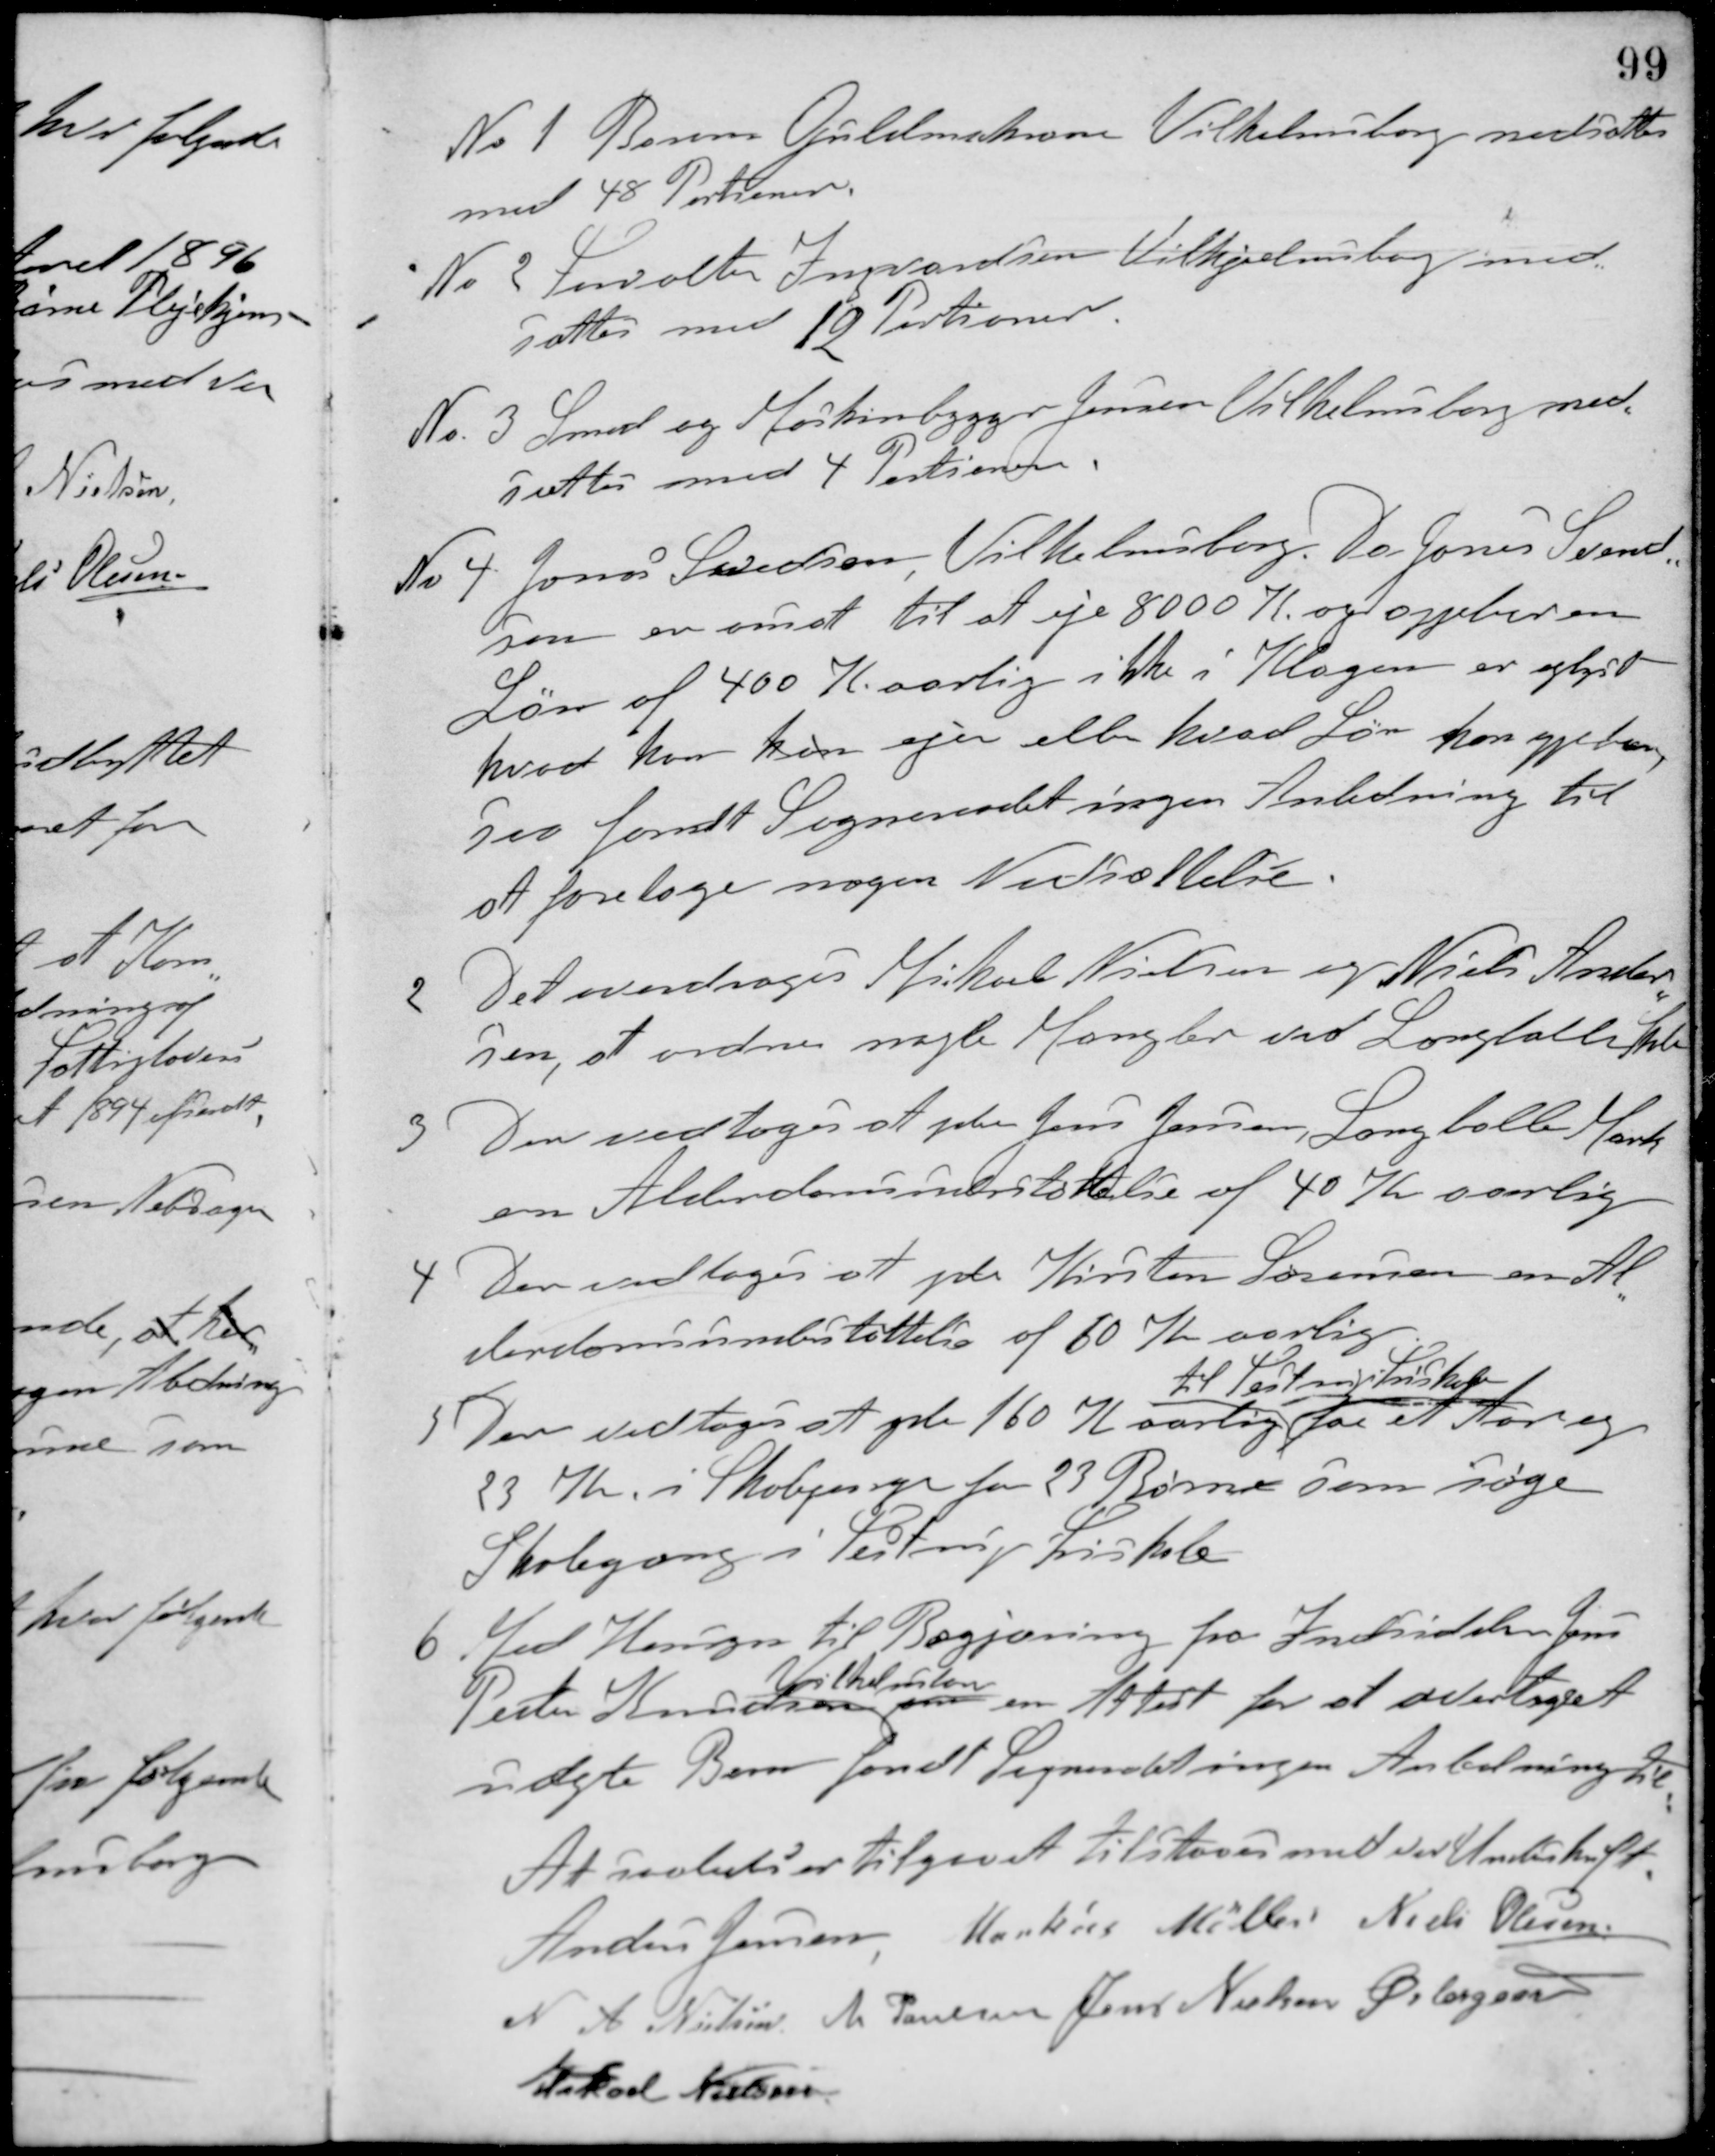
Transskription:
No. 1 Baron Gyldenchrone Vilhelmsborg nedsattes
med 48 Portioner.
No 2 Forvalter Invardsen Vilhelmsborg ned-
sattes med 12 Portioner.
Nr. 3 Smed og Maskinbygger Jensen Vilhelmsborg ned-
sattes med 4 Portioner.
No 4. Jonas Svendsen Vilhelmsborg. Da Jonas Svend-
sen er ansat til at eje 8000 K og oppebærer en
Løn af 400 K aarlig ikke i Klagen er oplyst
hvad han kan ejer eller hvad Løn han oppebærer,
saa fandt Sogneraadet ingen Anledning til
at foretage nogen Nedsættelse.
2. Det overdroges Mikael Nielsen og Niels Ander-
sen, at ordne nogle Mangler ved Langballe Skole
3. Der vedtoges at yde Jens Jensen, Langballe Mark
en Alderdomsunderstøttelse af 40 Kr aarlig.
4. Der vedtoges at yde Kirsten Sørensen en Al-
derdomsunderstøttelse af 60 Kr aarlig.
5. Der vedtoges at yde 160 Kr. aarlig
til Testrup Friskole
for et Aar og
23 Kr. i Skolepenge for 23 Børne som søger
Skolegang i Testrup Friskole.
6. Med Hensyn til Begjæring fra Indsidderen Jens
Peter Kristiansen
Vilhelmsborg
om en Attest for at overtaget
uægte Barn fandt Sogneraadet ingen Anledning til
At saaledes er tilgaaet tilstaaes med vor Underskift.
Anders Jensen Markus Møller Niels Olesen
N. A. Nielsen M. Poulsen Jens Nielsen Østergaard
Mikael Nielsen